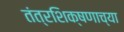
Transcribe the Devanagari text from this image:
तंत्रशिक्षणाच्या